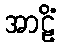
အာဠိံ